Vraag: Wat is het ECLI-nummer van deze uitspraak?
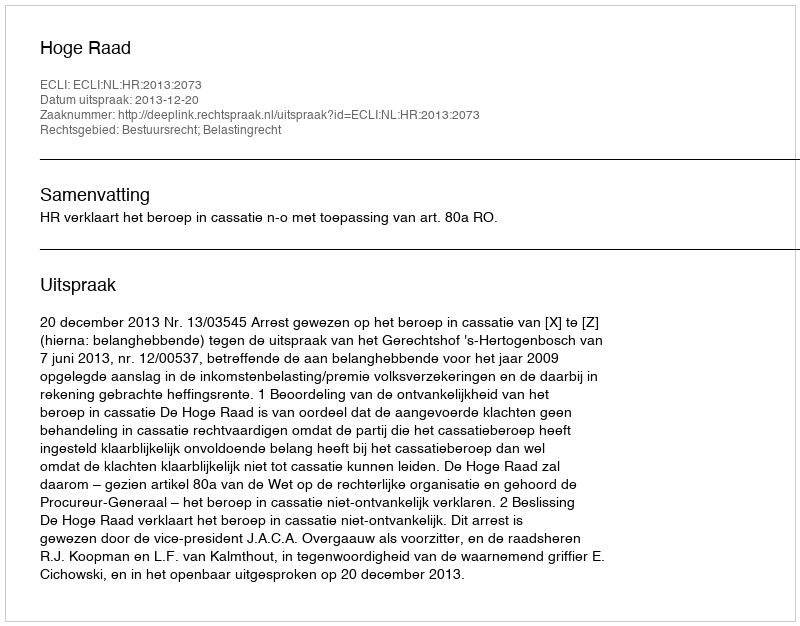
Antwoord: ECLI:NL:HR:2013:2073